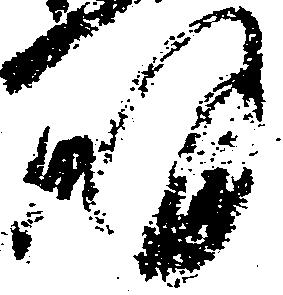
明